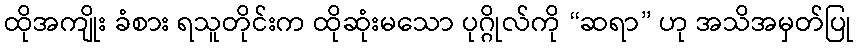
ထိုအကျိုး ခံစား ရသူတိုင်းက ထိုဆုံးမသော ပုဂ္ဂိုလ်ကို “ဆရာ” ဟု အသိအမှတ်ပြု